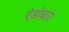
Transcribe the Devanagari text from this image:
ऐडोबार